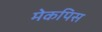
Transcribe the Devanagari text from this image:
मेकपिस